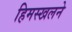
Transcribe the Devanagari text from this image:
हिमस्खलने